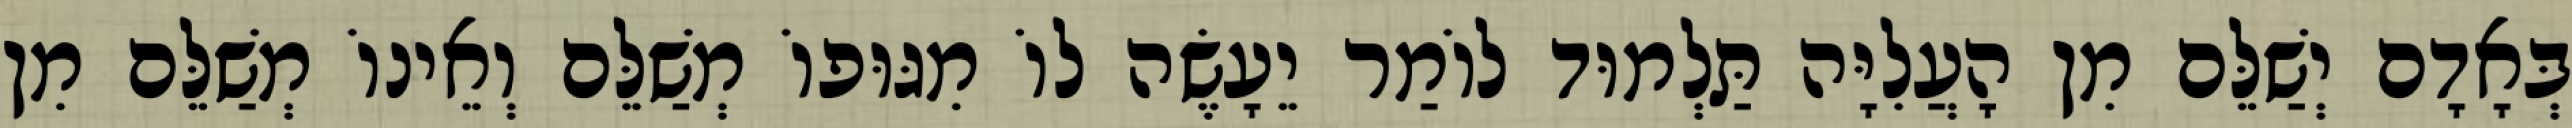
בְּאָדָם יְשַׁלֵּם מִן הָעֲלִיָּה תַּלְמוּד לוֹמַר יֵעָשֶׂה לוֹ מִגּוּפוֹ מְשַׁלֵּם וְאֵינוֹ מְשַׁלֵּם מִן